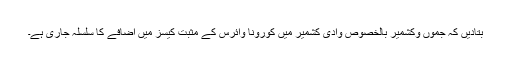
بتادیں کہ جموں وکشمیر بالخصوص وادی کشمیر میں کورونا وائرس کے مثبت کیسز میں اضافے کا سلسلہ جاری ہے۔